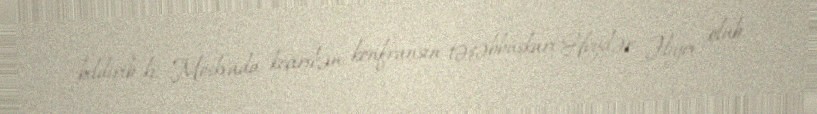
bildirib ki, Moskvada keçirilən konfransın təşəbbüskarı Heydər Əliyev olub.